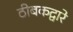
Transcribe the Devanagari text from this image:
ठीबकद्वारे